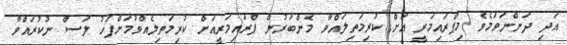
އަދި ދަންނަވަމެވެ މިޕްރައިމަރީ އަށް ކުރިމަތިލައްވާ މެންބަރުން ޕްރައިމަރީއަށް ކުރިމަތިލެއްވުމަށްފަހު ލަސް ނުކުރައްވާ